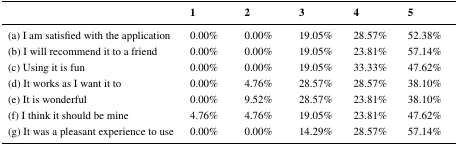
<table><thead><tr><td></td><td><b>1</b></td><td><b>2</b></td><td><b>3</b></td><td><b>4</b></td><td><b>5</b></td></tr></thead><tbody><tr><td>(a) I am satisfied with the application</td><td>0.00%</td><td>0.00%</td><td>19.05%</td><td>28.57%</td><td>52.38%</td></tr><tr><td>(b) I will recommend it to a friend</td><td>0.00%</td><td>0.00%</td><td>19.05%</td><td>23.81%</td><td>57.14%</td></tr><tr><td>(c) Using it is fun</td><td>0.00%</td><td>0.00%</td><td>19.05%</td><td>33.33%</td><td>47.62%</td></tr><tr><td>(d) It works as I want it to</td><td>0.00%</td><td>4.76%</td><td>28.57%</td><td>28.57%</td><td>38.10%</td></tr><tr><td>(e) It is wonderful</td><td>0.00%</td><td>9.52%</td><td>28.57%</td><td>23.81%</td><td>38.10%</td></tr><tr><td>(f) I think it should be mine</td><td>4.76%</td><td>4.76%</td><td>19.05%</td><td>23.81%</td><td>47.62%</td></tr><tr><td>(g) It was a pleasant experience to use</td><td>0.00%</td><td>0.00%</td><td>14.29%</td><td>28.57%</td><td>57.14%</td></tr></tbody></table>